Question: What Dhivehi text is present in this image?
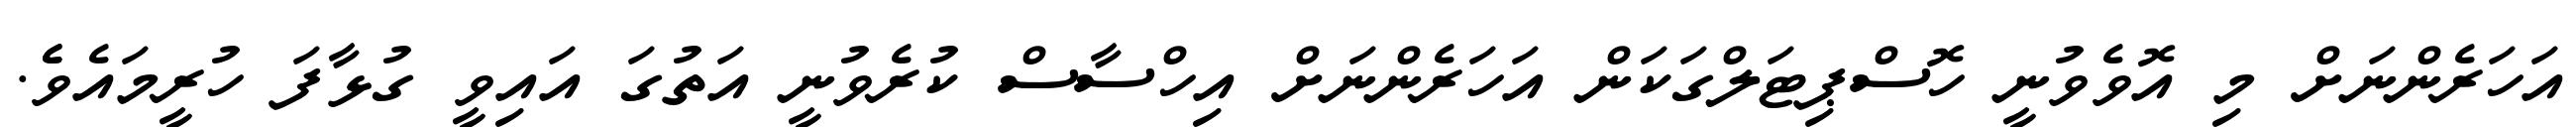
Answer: އަހަރެންނަށް މި އޮވެވުނީ ހޮސްޕިޓަލްގަކަން އަހަރެންނަށް އިހްސާސް ކުރެވުނީ އަތުގަ އައިވީ ގުޅާފަ ހުރީމައެވެެ.